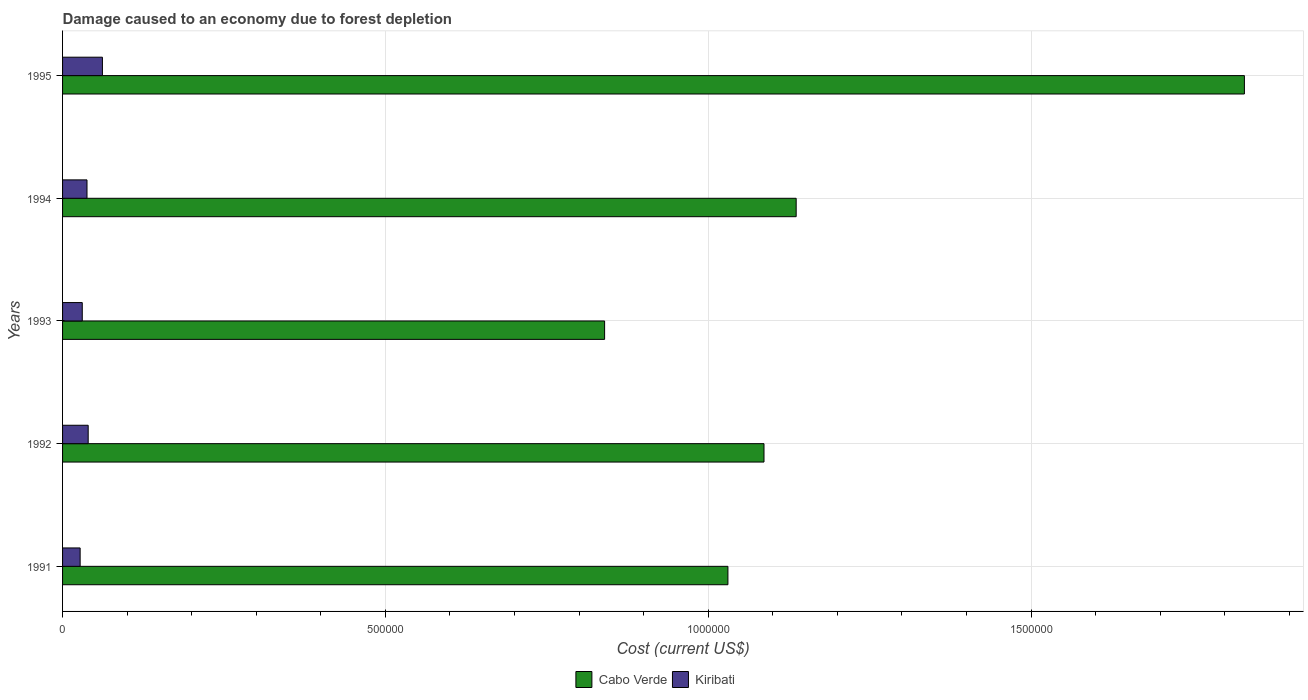
| Years | Cabo Verde | Kiribati |
 | --- | --- | --- |
 | 1991 | 1.03e+06 | 2.72e+04 |
 | 1992 | 1.09e+06 | 3.97e+04 |
 | 1993 | 8.4e+05 | 3.05e+04 |
 | 1994 | 1.14e+06 | 3.78e+04 |
 | 1995 | 1.83e+06 | 6.17e+04 |